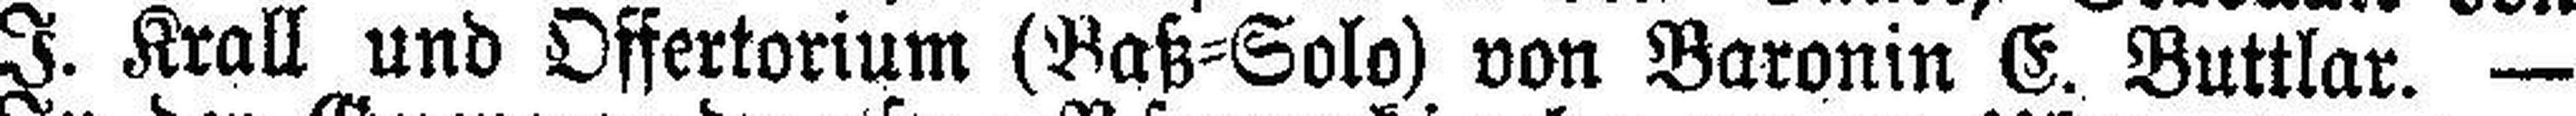
J. Krall und Offertorium (Baß=Solo) von Baronin E. Buttlar. —